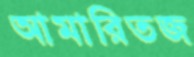
আমারিতজ